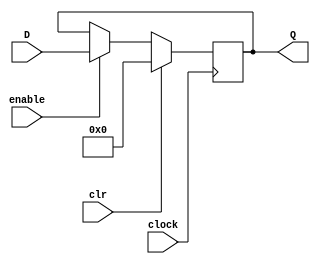
module Outport(input clr, clock, enable, input [31:0] D, output [31:0] Q);
   reg [31:0] Q_reg;

   always @(posedge clock)
     begin
	if (clr == 1)
	  Q_reg = 0;
	else if (enable == 1)
	  Q_reg = D;
     end

   assign Q = Q_reg;
   
endmodule // Outport